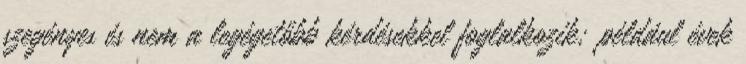
szegényes és nem a legégetőbb kérdésekkel foglalkozik; például évek